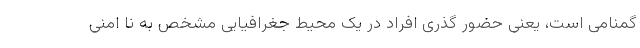
گمنامی است، یعنی حضور گذری افراد در یک محیط جغرافیایی مشخص به نا امنی